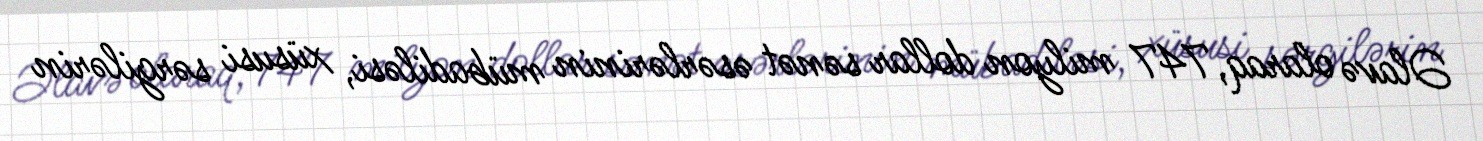
Əlavə olaraq, 747 milyon dollar sənət əsərlərinin mübadiləsi, xüsusi sərgilərin